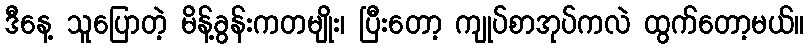
ဒီနေ့ သူပြောတဲ့ မိန့်ခွန်းကတမျိုး၊ ပြီးတော့ ကျုပ်စာအုပ်ကလဲ ထွက်တော့မယ်။